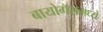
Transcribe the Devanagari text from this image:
बायोगॅसमध्ये